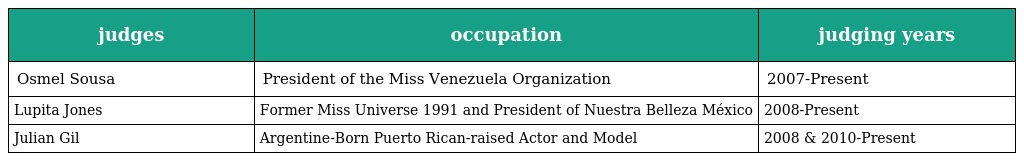
| judges | occupation | judging years |
 | --- | --- | --- |
 | Osmel Sousa | President of the Miss Venezuela Organization | 2007-Present |
 | Lupita Jones | Former Miss Universe 1991 and President of Nuestra Belleza México | 2008-Present |
 | Julian Gil | Argentine-Born Puerto Rican-raised Actor and Model | 2008 & 2010-Present |